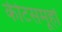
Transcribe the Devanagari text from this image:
कीटसमूहों